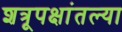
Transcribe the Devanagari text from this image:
शत्रूपक्षांतल्या